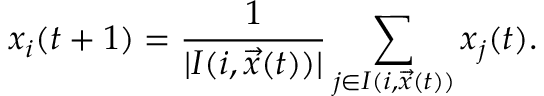
x _ { i } ( t + 1 ) = \frac { 1 } { \lvert I ( i , \overrightarrow { x } ( t ) ) \vert } \sum _ { j \in I ( i , \overrightarrow { x } ( t ) ) } x _ { j } ( t ) .